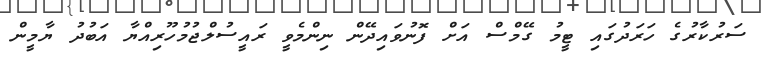
ސަރުކާރުގެ ހަރަދުގައި ޓީމު ގޭމްސް އަށް ފޮނުވައިދޭން ނިންމެވީ ރައީސުލްޖުމުހޫރިއްޔާ އަބުދު ޔާމީން